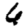
Digit: 6